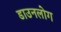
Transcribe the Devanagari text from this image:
डाउनलोग